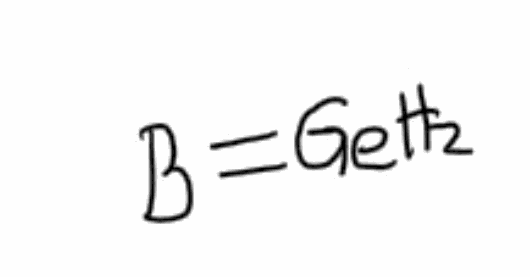
Simplified molecular-input line-entry system (SMILES) notation of the given molecule:
[B]=[GeH2]